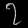
Digit: ၇